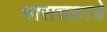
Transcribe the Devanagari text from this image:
भासचक्राचे